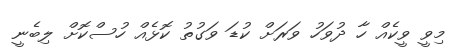
މިވީ ވީކެއް ހާ ދުވަހު ވަރަށް ކުޑަ ވަގުތު ކޮޅެއް ހުސްކޮށް ލިބެނީ